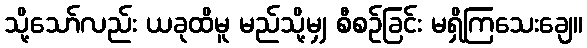
သို့သော်လည်း ယခုထိမူ မည်သို့မျှ စီစဉ်ခြင်း မရှိကြသေးချေ။